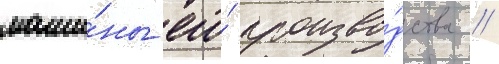
маши́ны его́ произво́дства //